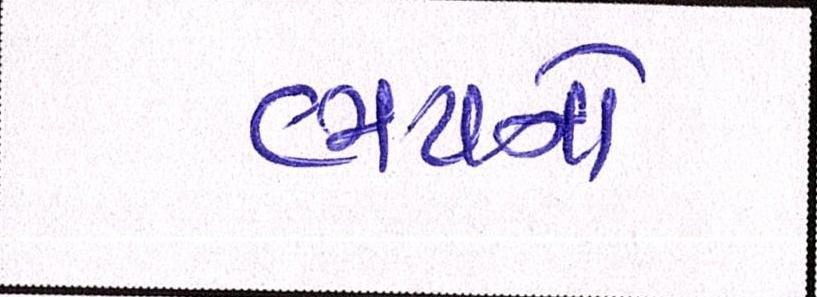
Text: ભયનો